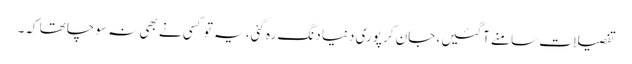
تفصیلات سامنے آگئیں، جان کر پوری دنیا دنگ رہ گئی، یہ تو کسی نے بھی نہ سوچا تھا کہ۔